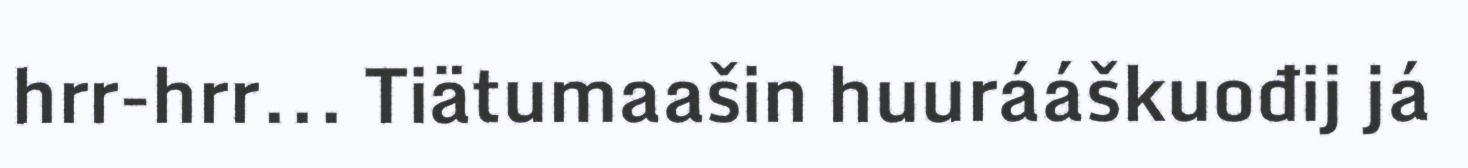
hrr-hrr... Tiätumaašin huurááškuođij já